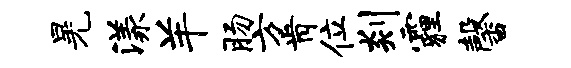
晃漾羊肠方肯位剡霾馨